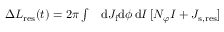
\begin{array} { r l } { \Delta L _ { \mathrm { r e s } } ( t ) = 2 \pi \int } & { { } \mathrm { d } J _ { \mathrm { f } } \mathrm { d } \phi \, \mathrm { d } I \, [ N _ { \varphi } I + J _ { \mathrm { s , r e s } } ] } \end{array}